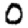
Digit: 0